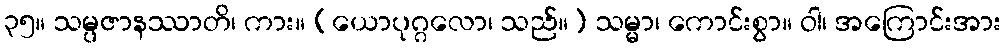
၃၅။ သမ္ပဇာနဿာတိ၊ ကား။ (ယောပုဂ္ဂလော၊ သည်။) သမ္မာ၊ ကောင်းစွာ။ ဝါ၊ အကြောင်းအား